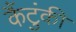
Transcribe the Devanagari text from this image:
कैंटुंकी